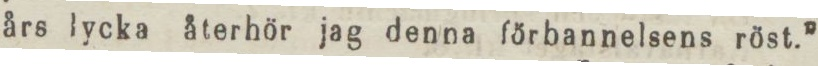
års lycka återhör jag denna förbannelsens röst.”